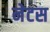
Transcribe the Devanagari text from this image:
नेटस